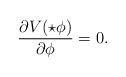
LaTeX: \begin{align*}\frac{\partial V(\star \phi)}{\partial \phi}=0.\end{align*}